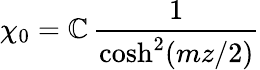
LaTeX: \chi_{0}=\mathbb{C}\, \frac{{1}}{{\cosh^{2}(mz/2)}}